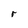
Character: r